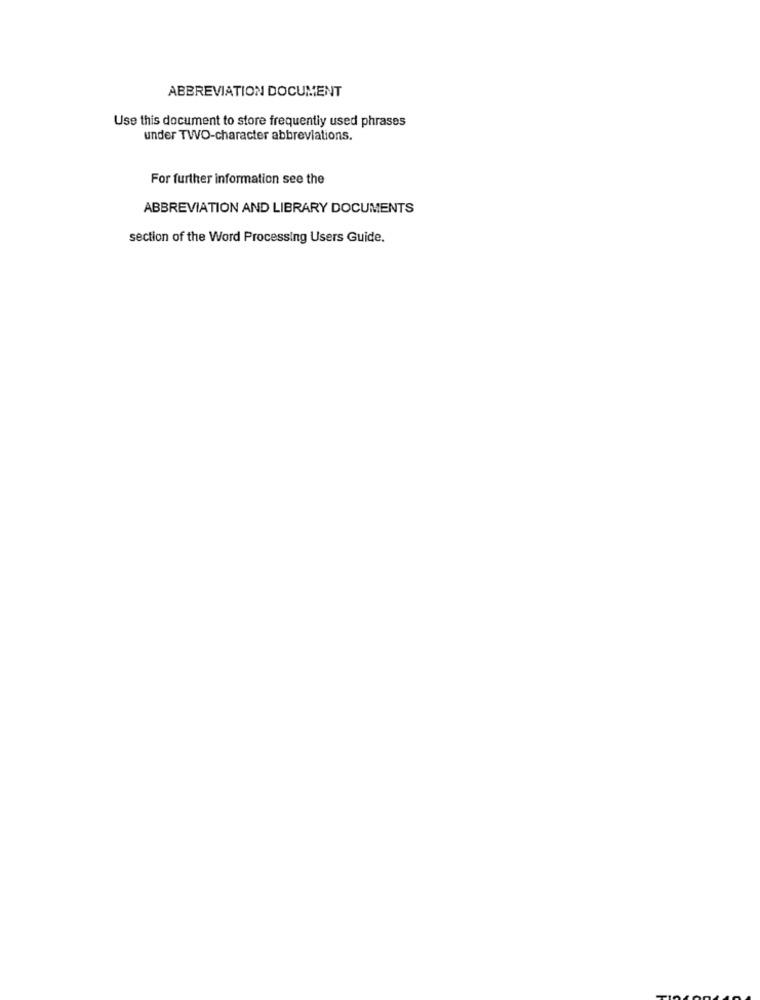
ABBREVIATION DOCUMENT
Use this document to store frequently used phrases
under TWO-character abbreviations.
For further information see the
ABBREVIATION AND LIBRARY DOCUMENTS
section of the Word Processing Users Guide.